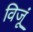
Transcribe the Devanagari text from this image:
विजूं